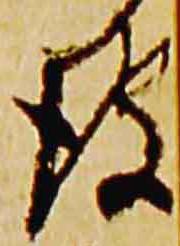
彼